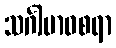
သင်္ဂါမာဝစရာ